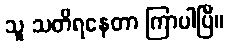
သူ သတိရနေတာ ကြာပါပြီ။